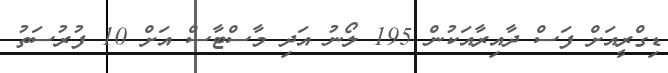
ޑިގްރީއަށް ފަސް ދާއިރާއަކުން 195 ލޯނު އަދި މާސްޓާސް އަށް 10 ފުރުސަތު